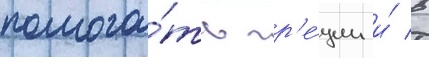
помога́ть гр'е́ции и́ в